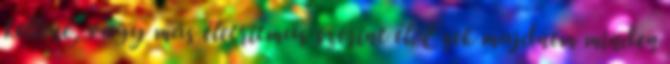
kellene, vagy más életritmus szerint él. Ezek majdnem minden